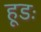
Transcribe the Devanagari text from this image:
हूडः